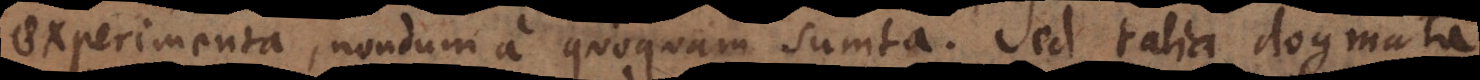
experimenta, nondum a quoquam sumta. Sed talia dogmata